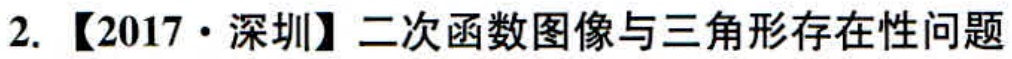
2. 【2017·深圳】二次函数图像与三角形存在性问题